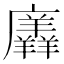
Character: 𭚎